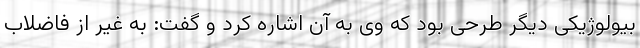
بیولوژیکی دیگر طرحی بود که وی به آن اشاره کرد و گفت: به غیر از فاضلاب